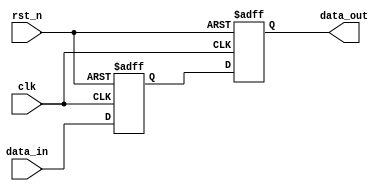
// SPDX-License-Identifier: Apache-2.0
// Copyright (C) 2019 Intel Corporation. 
module aib_bitsync
  #(
    parameter DWIDTH = 1'b1,    // Sync Data input
    parameter RESET_VAL = 1'b0  // Reset value
    )
    (
    input  wire              clk,     // clock
    input  wire              rst_n,   // async reset
    input  wire [DWIDTH-1:0] data_in, // data in
    output wire [DWIDTH-1:0] data_out // data out
     );


   // End users may pass in RESET_VAL with a width exceeding 1 bit
   // Evaluate the value first and use 1 bit value
   localparam RESET_VAL_1B = (RESET_VAL == 'd0) ? 1'b0 : 1'b1;

   reg [DWIDTH-1:0]  dff2;
   reg [DWIDTH-1:0]  dff1;

   always @(posedge clk or negedge rst_n)
      if (!rst_n) begin
         dff2     <= {DWIDTH{RESET_VAL_1B}}; 
         dff1     <= {DWIDTH{RESET_VAL_1B}}; 
      end
      else begin
         dff2     <= dff1;
         dff1     <= data_in;
      end

   assign data_out = dff2;


endmodule // aib_bitsync